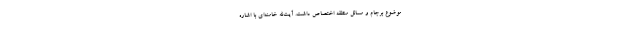
موضوع برجام و مسائل منطقه اختصاص داشت. آیت‌الله خامنه‌ای با اشاره